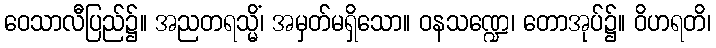
ဝေသာလီပြည်၌။ အညတရသ္မိံ၊ အမှတ်မရှိသော။ ဝနသဏ္ဍေ၊ တောအုပ်၌။ ဝိဟရတိ၊